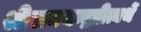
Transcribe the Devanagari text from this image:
श्रीरामचन्द्रप्रीत्यर्थे